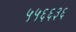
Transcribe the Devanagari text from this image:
५५६६३६